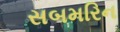
સબમરિન